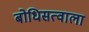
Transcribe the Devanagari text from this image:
बोधिसत्वाला